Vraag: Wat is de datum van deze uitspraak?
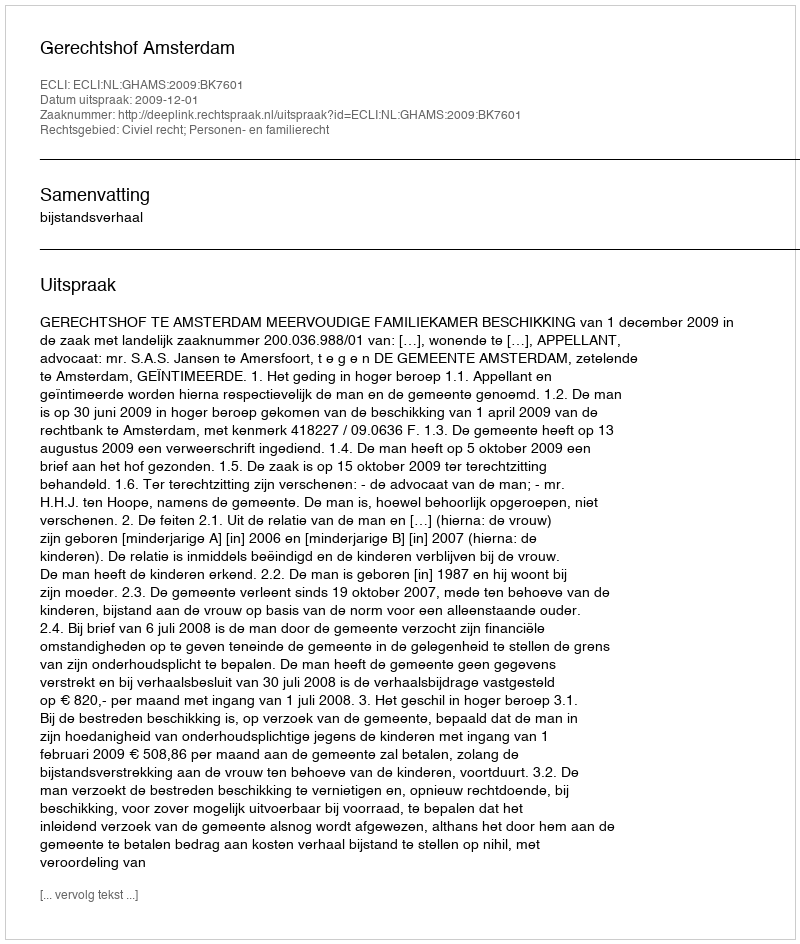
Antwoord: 2009-12-01